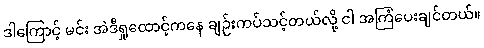
ဒါကြောင့် မင်း အဲဒီရှုထောင့်ကနေ ချဉ်းကပ်သင့်တယ်လို့ ငါ အကြံပေးချင်တယ်။